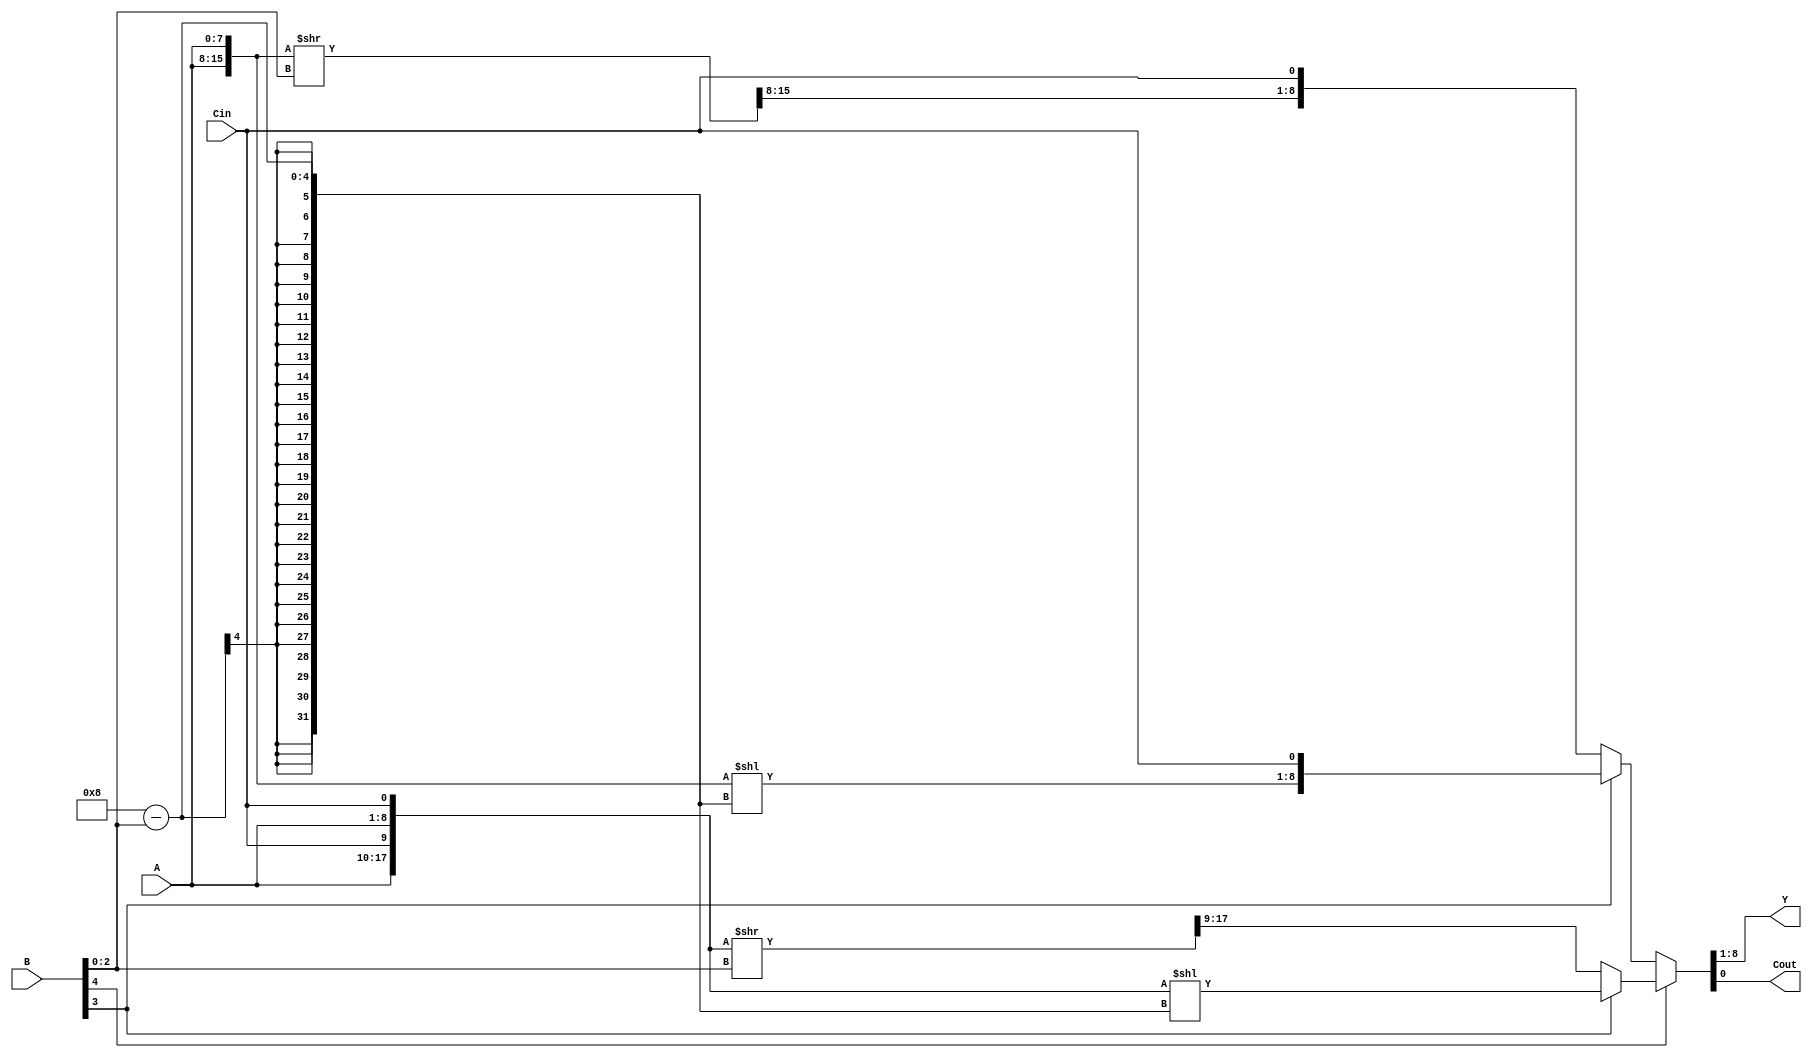
`timescale 1ns / 1ps

/*
    Rotate register A, this is limited to 1 rotation in either direction. 
        - Use B[BUS_WIDTH_BITS + 1] to activate rotate through carry
        - Use B[BUS_WIDTH_BITS] to determine direction. 
        - Use B[BUS_WIDTH_BITS-1:0] for amount
*/
module rotate_shift
    #(parameter BUS_WIDTH = 8, 
      parameter BUS_WIDTH_BITS = 3)(
        input [BUS_WIDTH - 1 : 0] A, 
        input [BUS_WIDTH_BITS + 1 : 0] B, 
        input Cin, 
        output [BUS_WIDTH - 1 : 0] Y,
        output Cout 
    );
    
    assign {Y, Cout} =  (B[BUS_WIDTH_BITS + 1]) ?                                       // Use rotate through carry
                    (B[BUS_WIDTH_BITS]) ?                                               // Determine direction of rotation
                        {{A, Cin}, {A, Cin}} << BUS_WIDTH - B[BUS_WIDTH_BITS-1:0]       // left rotate through carry
                    : 
                        ({{A, Cin}, {A, Cin}} >> B[BUS_WIDTH_BITS-1:0]) >> BUS_WIDTH + 1    // Left rotate through carry
                :                                                                       // Use rotation without carry
                    (B[BUS_WIDTH_BITS]) ?                                               // Determine direction of rotation
                        {{A,A} << BUS_WIDTH - B[BUS_WIDTH_BITS-1:0], Cin}               // left rotation
                    :
                        {({A,A} >> B[BUS_WIDTH_BITS-1:0]) >> BUS_WIDTH, Cin}            // right rotation
                ;
    
endmodule